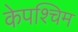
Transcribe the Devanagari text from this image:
केपश्चिम